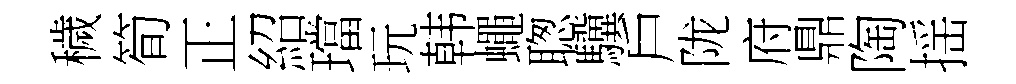
穢筍正紹璫玩韩蠅聦驥戶陇府鼎陶揺